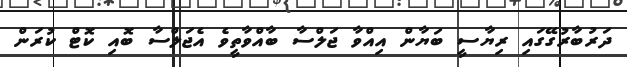
ދަރުބާރުގޭގައި ރިޔާސީ ބަޔާން އިއްވާ ޖަލްސާ ބާއްވާތީވެ އެޖަލްސާ ބޮއި ކޮޓް ކުރަން